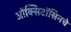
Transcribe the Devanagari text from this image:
ऑक्सिटॉसिनचे